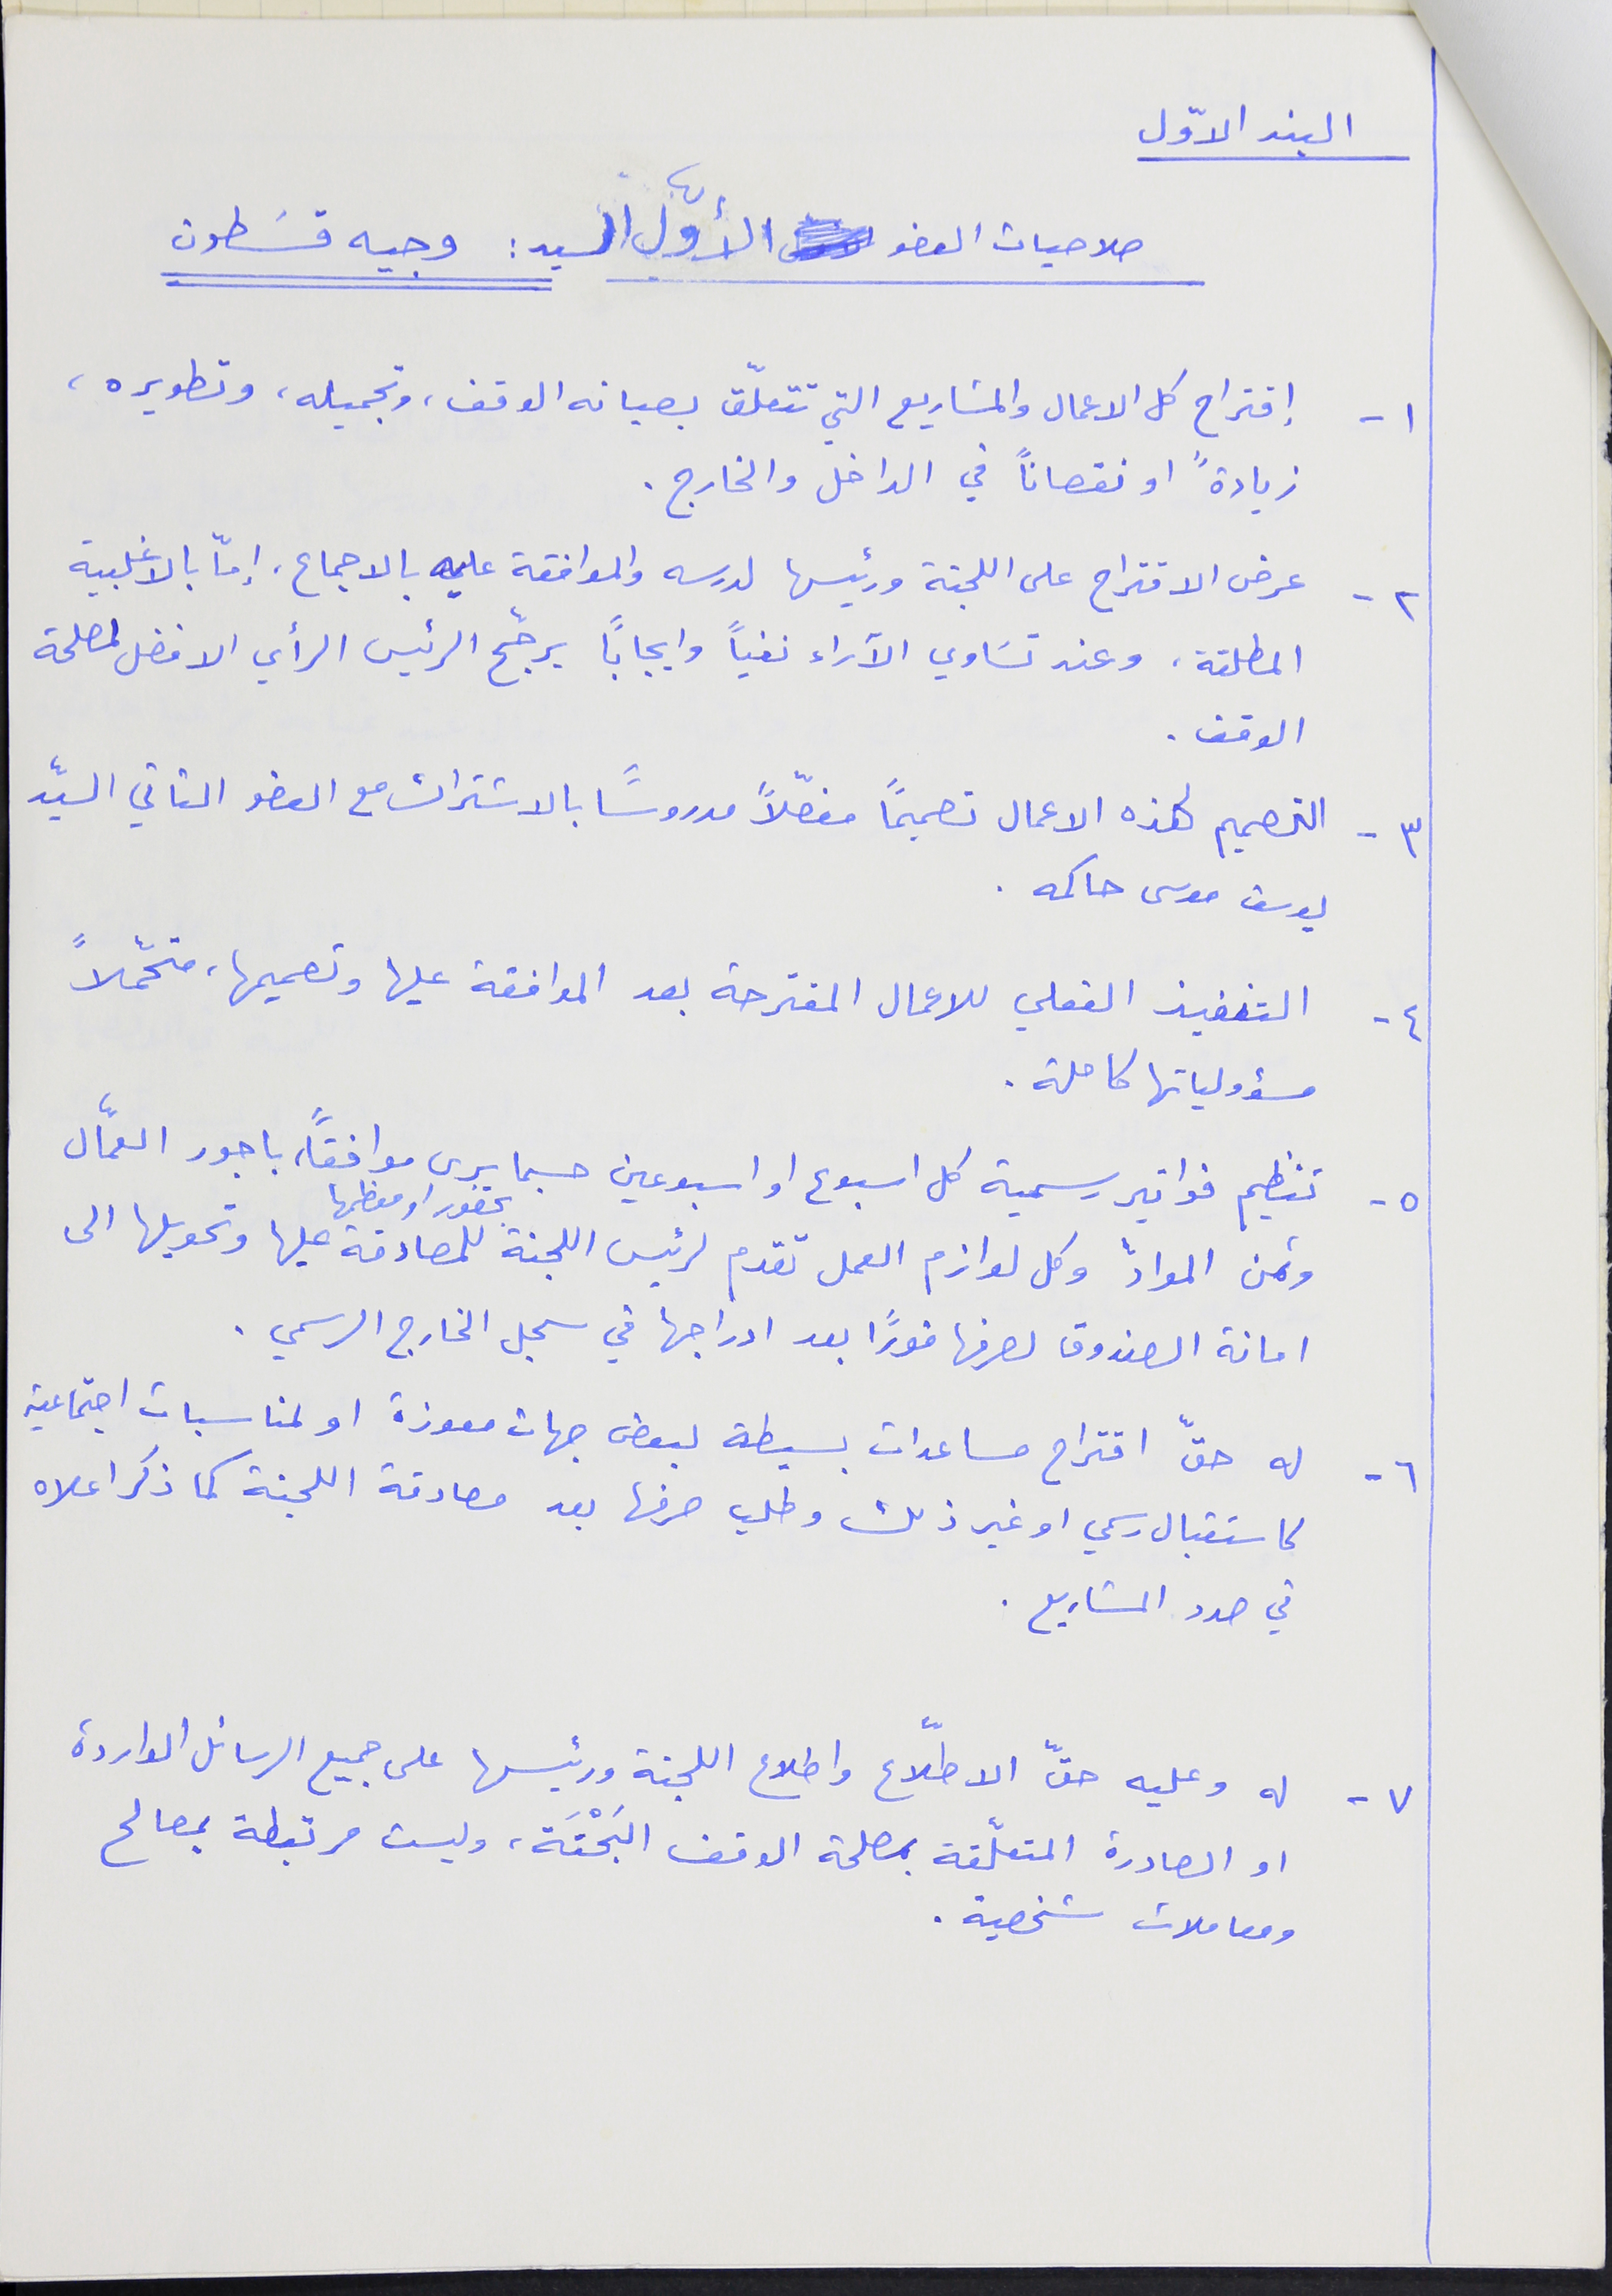
البند الاوّل
صلاحيات العضو الاوّل السيد : وجيه قسَطون
١- إقتراح كل الاعمال والمشاريع التي تتعلّق بصيانه الوقف، وتجميله، وتطويره،
زيادةً او نقصاناً في الداخل والخارج.
٢ - عرض الاقتراح على اللجنة ورئيسها لدرسه والموافقة عليه بالاجماع، إمّا بالاغلبية
المطلقة، وعند تسَاوي الآراء نفياً وايجاباً يرجّح الرئيس الرأي الافضل لمصلحة
الوقف .
٣ - التصميم لهذه الاعمال تصميمًا مفصّلاً مدروساً بالاشتراك مع العضو الثاني السيّد
يوسف موسى حاكمه .
٤ - التنفيذ الفعلي للاعمال المقترحة بعد الموافقة عليها وتصميمها، متحمّلاً
مسؤولياتها كاملة .
٥- تنظيم فواتير رسمية كل اسبوع او اسبوعين حسبما يرى موافقاً، باجور العمّال
وثمن المواد وكل لوازم العمل تقدم لرئيس اللجنة بحضور او معظمها للمصادقة عليها وتحويلها الى
امانة الصندوق لصرفها فوراً بعد ادراجها في سجل الخارج الرسمي .
٦- له حقّ اقتراح مساعدات بسيطة لبعض جهات معوزة او لمناسبات اجتماعية
كاستقبال رسمي او غير ذلك وطلب صرفها بعد مصادقة اللجنة كما ذكر اعلاه
في صدد المشاريع .
٧- له وعليه حقّ الاطّلاع واطلاع اللجنة ورئيسها على جميع الرسائل الواردة
او الصادرة المتعلّقة بمصلحة الوقف البَحْتَة، وليست مرتبطة بمصالح
ومعاملات شخصية .